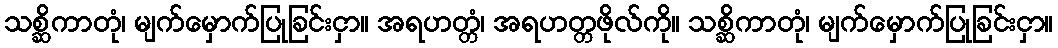
သစ္ဆိကာတုံ၊ မျက်မှောက်ပြုခြင်းငှာ။ အရဟတ္တံ၊ အရဟတ္တဖိုလ်ကို။ သစ္ဆိကာတုံ၊ မျက်မှောက်ပြုခြင်းငှာ။